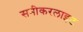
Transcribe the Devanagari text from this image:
सनीकरलाइट